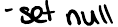
- set null